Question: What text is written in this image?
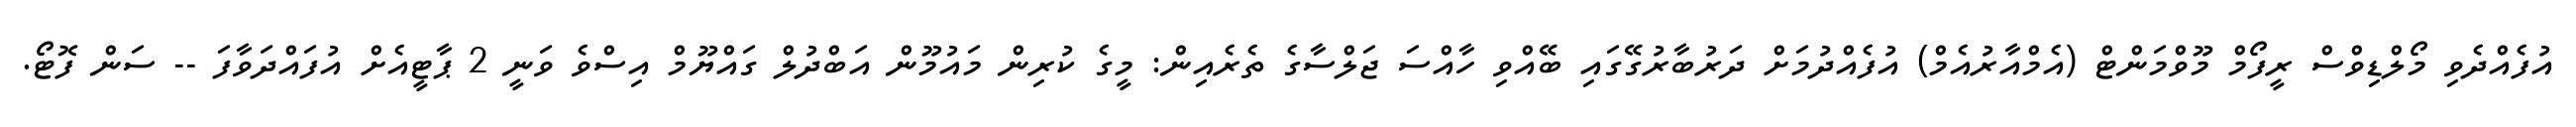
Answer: އުފެއްދެވި މޯލްޑިވްސް ރީފޯމް މޫވްމަންޓް (އެމްއާރުއެމް) އުފެއްދުމަށް ދަރުބާރުގޭގައި ބޭއްވި ހާއްސަ ޖަލްސާގެ ތެރެއިން: މީގެ ކުރިން މައުމޫން އަބްދުލް ގައްޔޫމް އިސްވެ ވަނީ 2 ޕާޓީއެށް އުފައްދަވާފަ -- ސަން ފޮޓޯ.